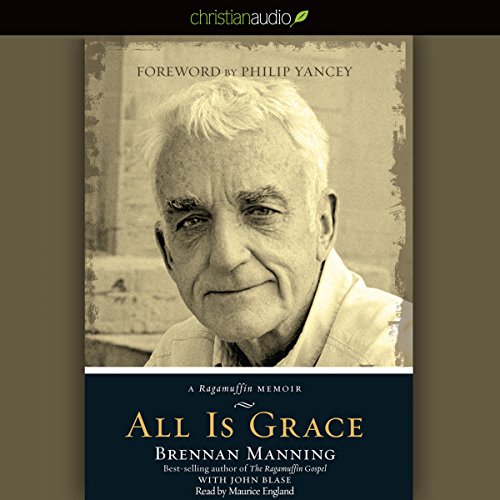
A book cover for All Is Grace: A Ragamuffin Memoir; Brennan Manning; Health, Fitness & Dieting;